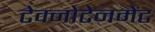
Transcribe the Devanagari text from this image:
टेक्नोटेनमेंट